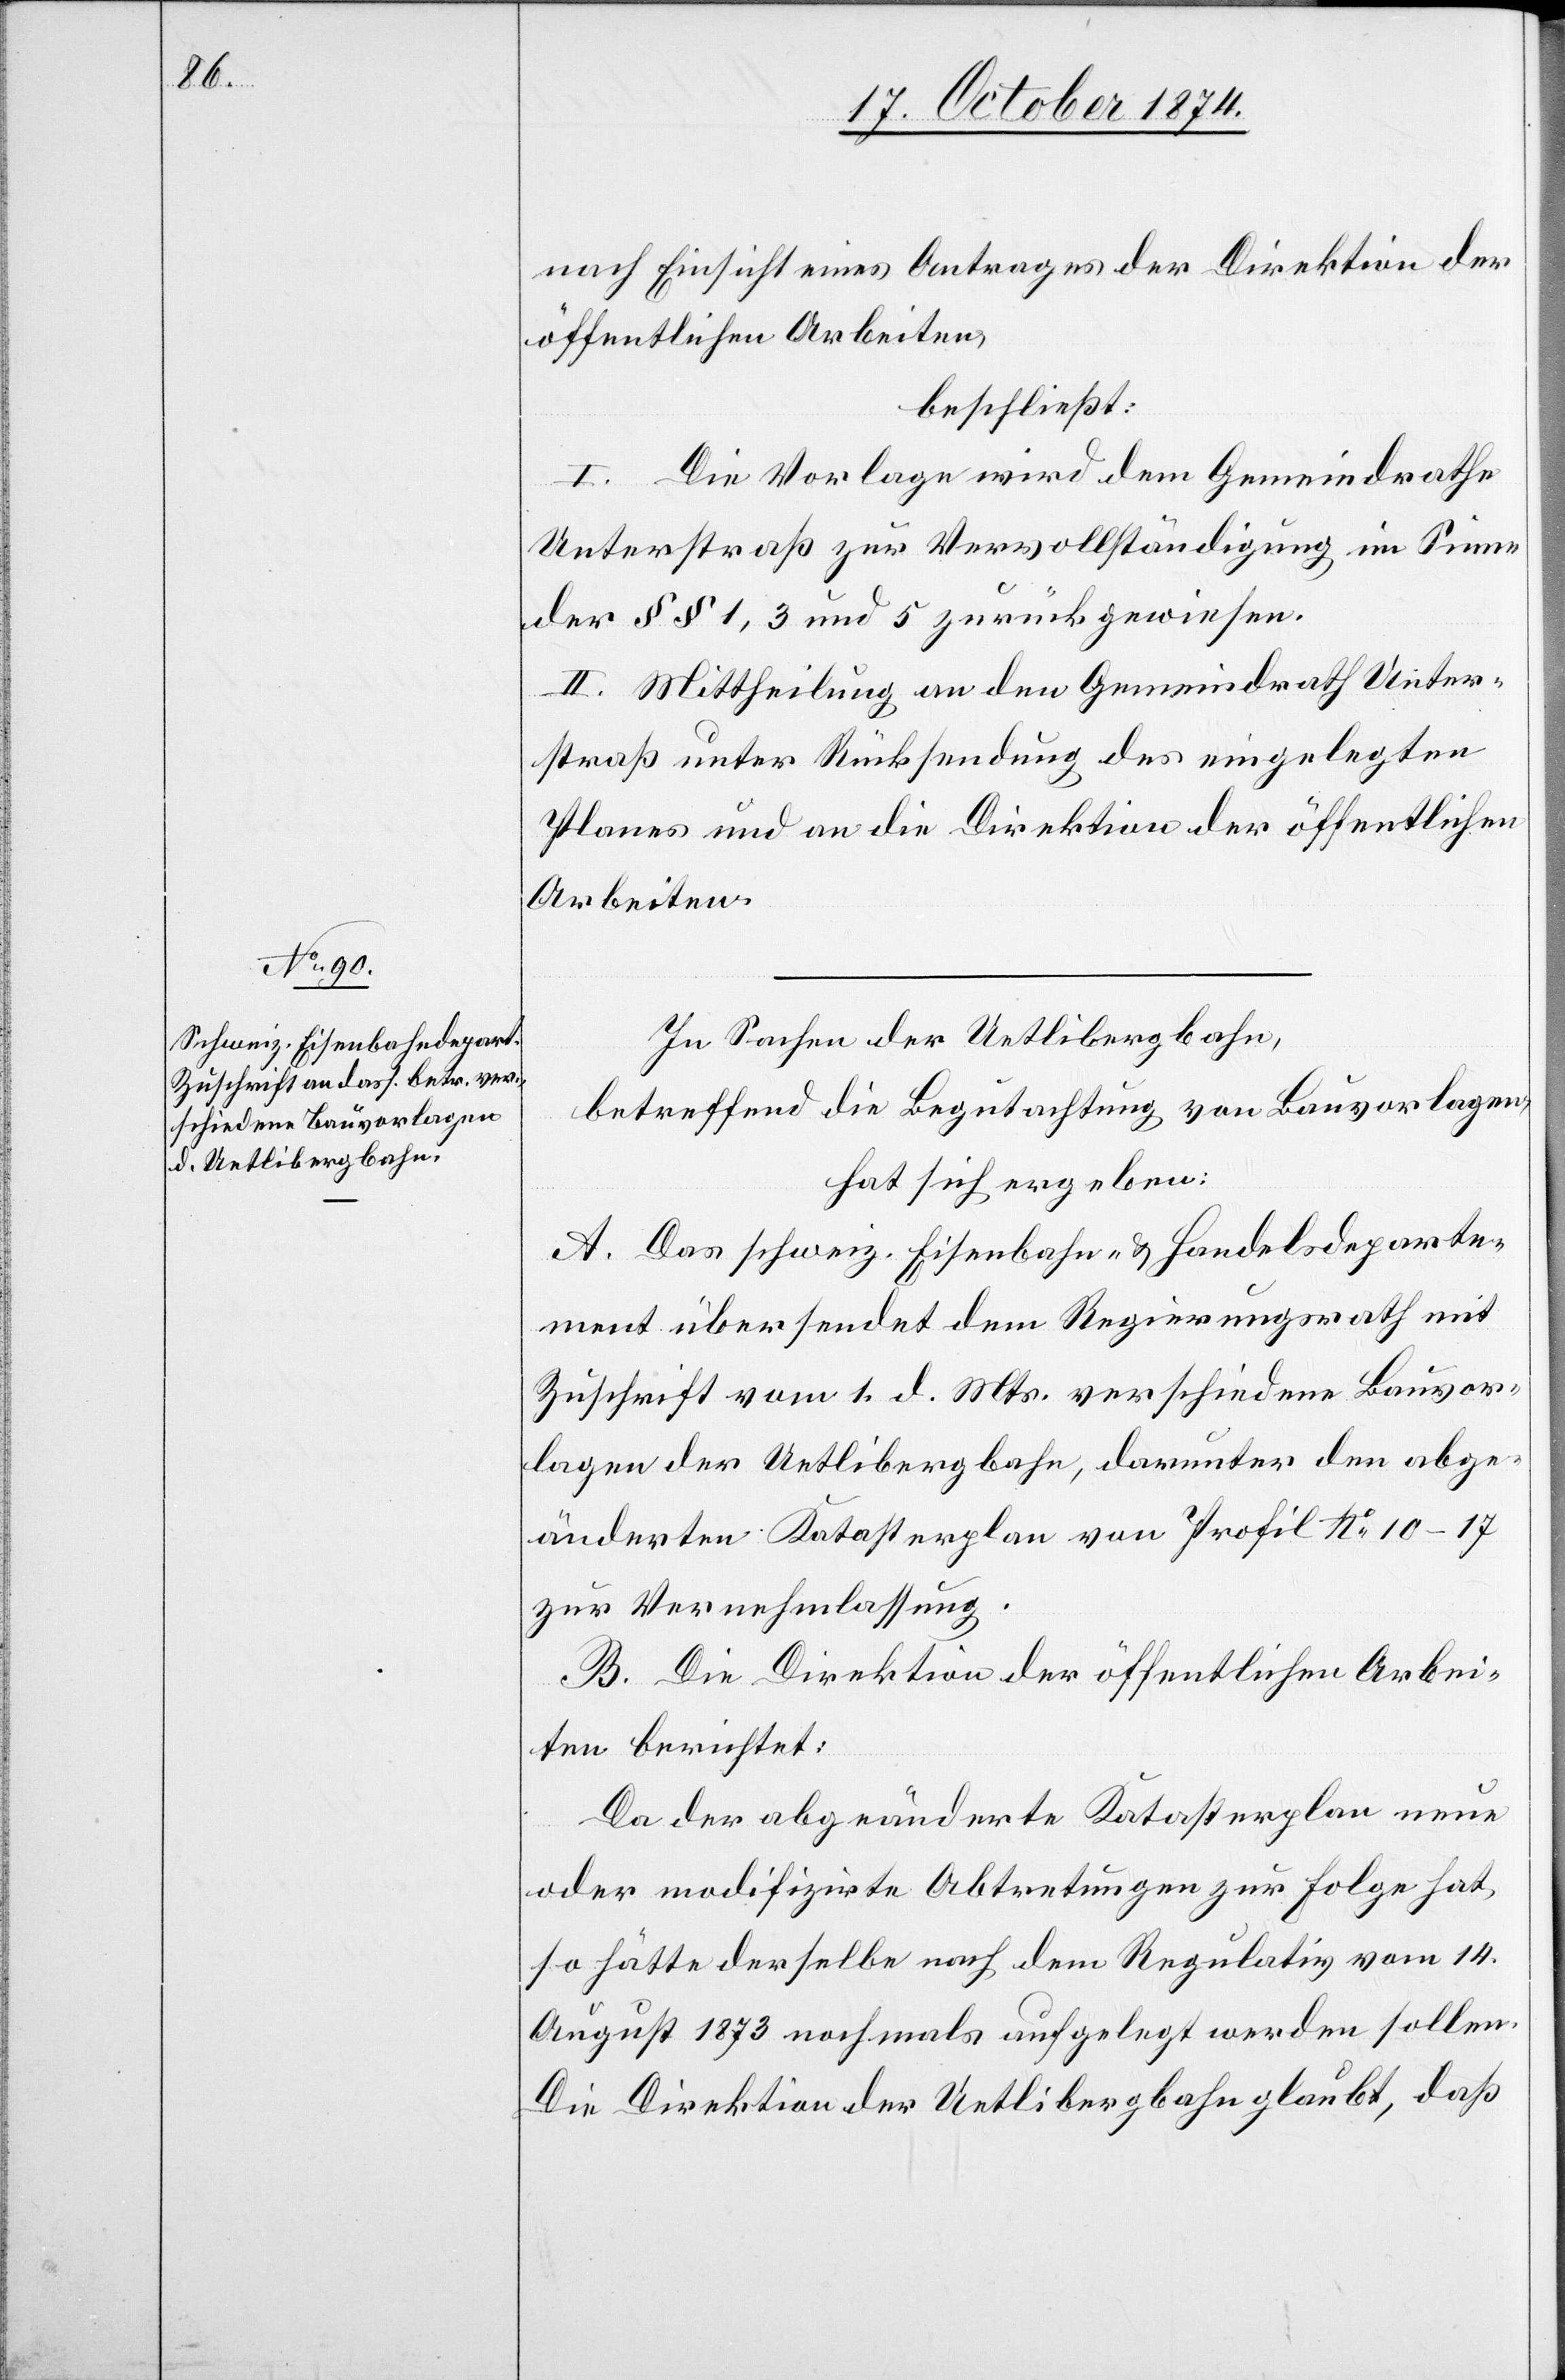
nach Einsicht eines Antrages der Direktion der
öffentlichen Arbeiten,
beschließt:
I. Die Vorlage wird dem Gemeindrathe
Unterstraß zur Vervollständigung im Sinne
der §§ 1, 3 und 5 zurückgewiesen.
II. Mittheilung an den Gemeindrath Unter¬
straß unter Rücksendung des eingelegten
Planes und an die Direktion der öffentlichen
Arbeiten.
In Sachen der Uetlibergbahn,
betreffend die Begutachtung von Bauvorlagen,
hat sich ergeben:
A. Das schweiz. Eisenbahn- & Handelsdeparte¬
ment übersendet dem Regierungsrath mit
Zuschrift vom 1. d. Mts. verschiedene Bauvor¬
lagen der Uetlibergbahn, darunter den abge¬
änderten Katasterplan von Profil No 10–17
zur Vernehmlassung.
B. Die Direktion der öffentlichen Arbei¬
ten berichtet:
Da der abgeänderte Katasterplan neue
oder modifizirte Abtretungen zur Folge hat,
so hätte derselbe nach dem Regulativ vom 14.
August 1873 nochmals aufgelegt werden sollen.
Die Direktion der Uetlibergbahn glaubt, daß